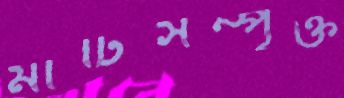
মাটিসম্পৃক্ত